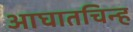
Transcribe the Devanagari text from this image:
आघातचिन्ह